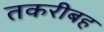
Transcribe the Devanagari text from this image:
तकरीबह